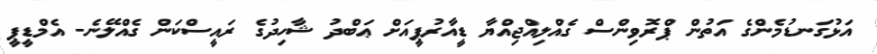
އަޅުގަނޑުމެންގެ އަތުން ޕްރޮވިންސް ގެއްލިއްޖިއްޔާ ޑީއާރުޕީއަށް ޢަބްދު ޝާހިދުގެ ރައީސްކަން ގެއްލޭނެ- އެމްޑީޕީ